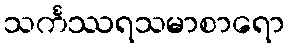
သင်္ကဿရသမာစာရော